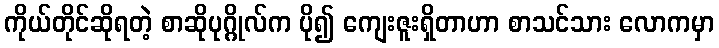
ကိုယ်တိုင်ဆိုရတဲ့ စာဆိုပုဂ္ဂိုလ်က ပို၍ ကျေးဇူးရှိတာဟာ စာသင်သား လောကမှာ